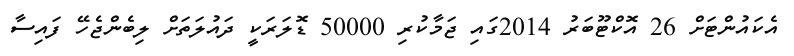
އެކައުންޓަށް 26 އޮކްޓޫބަރު 2014ގައި ޖަމާކުރި 50000 ޑޮލަރަކީ ދައުލަތަށް ލިބެންޖެހޭ ފައިސާ